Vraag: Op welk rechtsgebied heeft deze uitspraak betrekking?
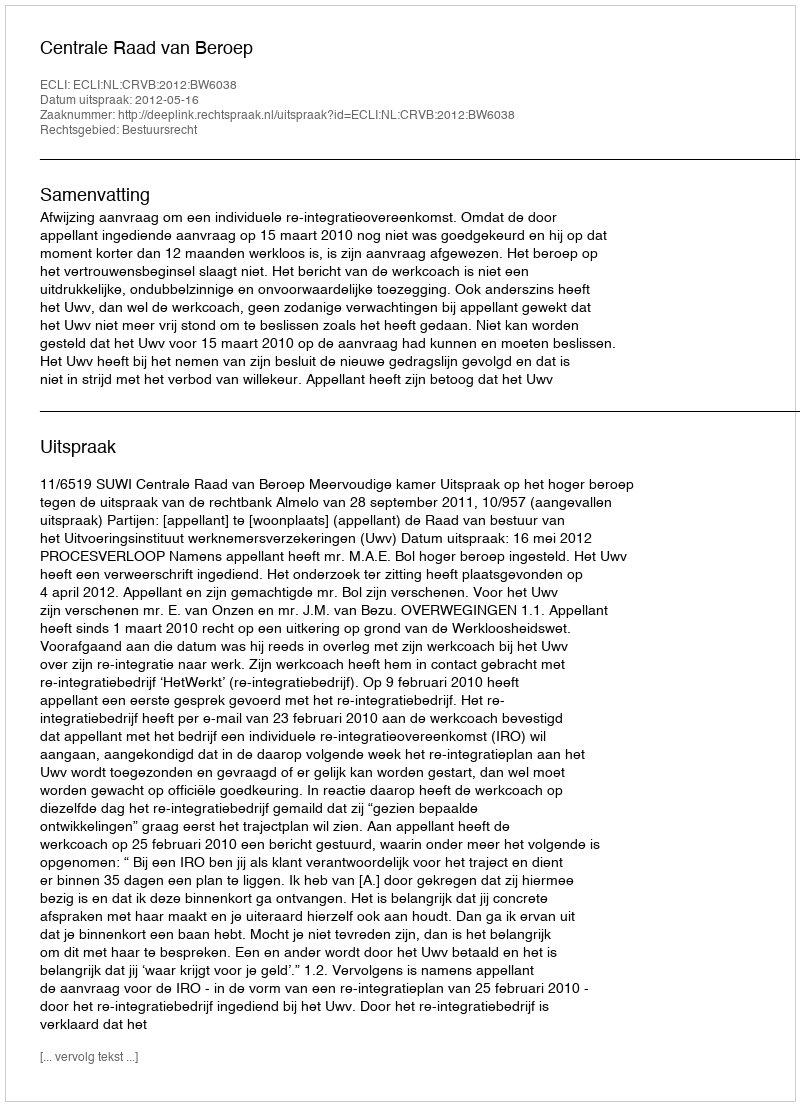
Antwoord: Bestuursrecht